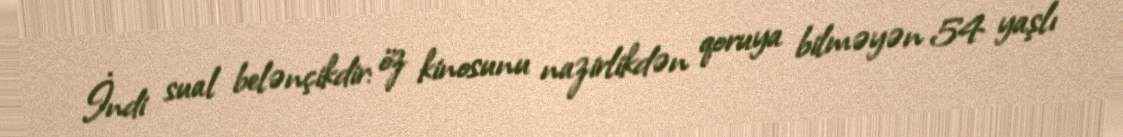
İndi sual belənçikdir: öz kinosunu nazirlikdən qoruya bilməyən 54 yaşlı